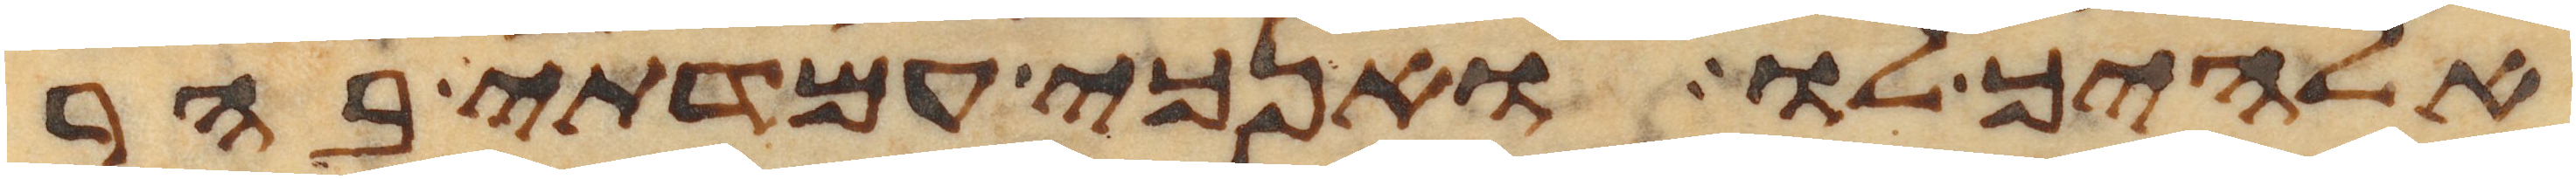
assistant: אלהיך לו ואנכי עמדתי בהר